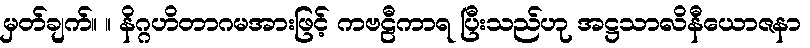
မှတ်ချက်။ ။ နိဂ္ဂဟိတာဂမအားဖြင့် ကဗဠီကာရ ပြီးသည်ဟု အဋ္ဌသာလိနီယောဇနာ